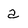
Character: a